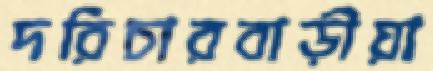
দরিচারবাড়ীয়া